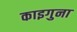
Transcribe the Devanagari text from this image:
काइगुना